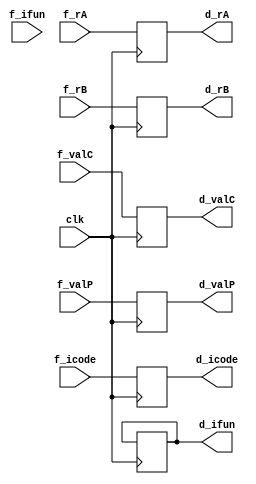
`timescale 1ps/1ps

module d_pipereg(clk, f_icode, f_ifun, f_rA, f_rB, f_valC, f_valP, d_icode, d_ifun, d_rA, d_rB, d_valC, d_valP);

    parameter n = 64;
    input clk;
    input [3:0] f_icode, f_ifun;
    input [3:0] f_rA, f_rB;
    input [n-1:0] f_valC;
    input [n-1:0] f_valP;
    output reg [3:0] d_icode, d_ifun;
    output reg [3:0] d_rA, d_rB;
    output reg [n-1:0] d_valC;
    output reg [n-1:0] d_valP;

    always @(posedge clk) 
    begin
        d_icode <= f_icode;
        d_ifun <= d_ifun;
        d_rA <= f_rA;
        d_rB <= f_rB;
        d_valC <= f_valC;
        d_valP <= f_valP;
    end

endmodule